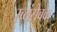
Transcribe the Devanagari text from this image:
स्व्यंसेवक